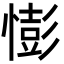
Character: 憉